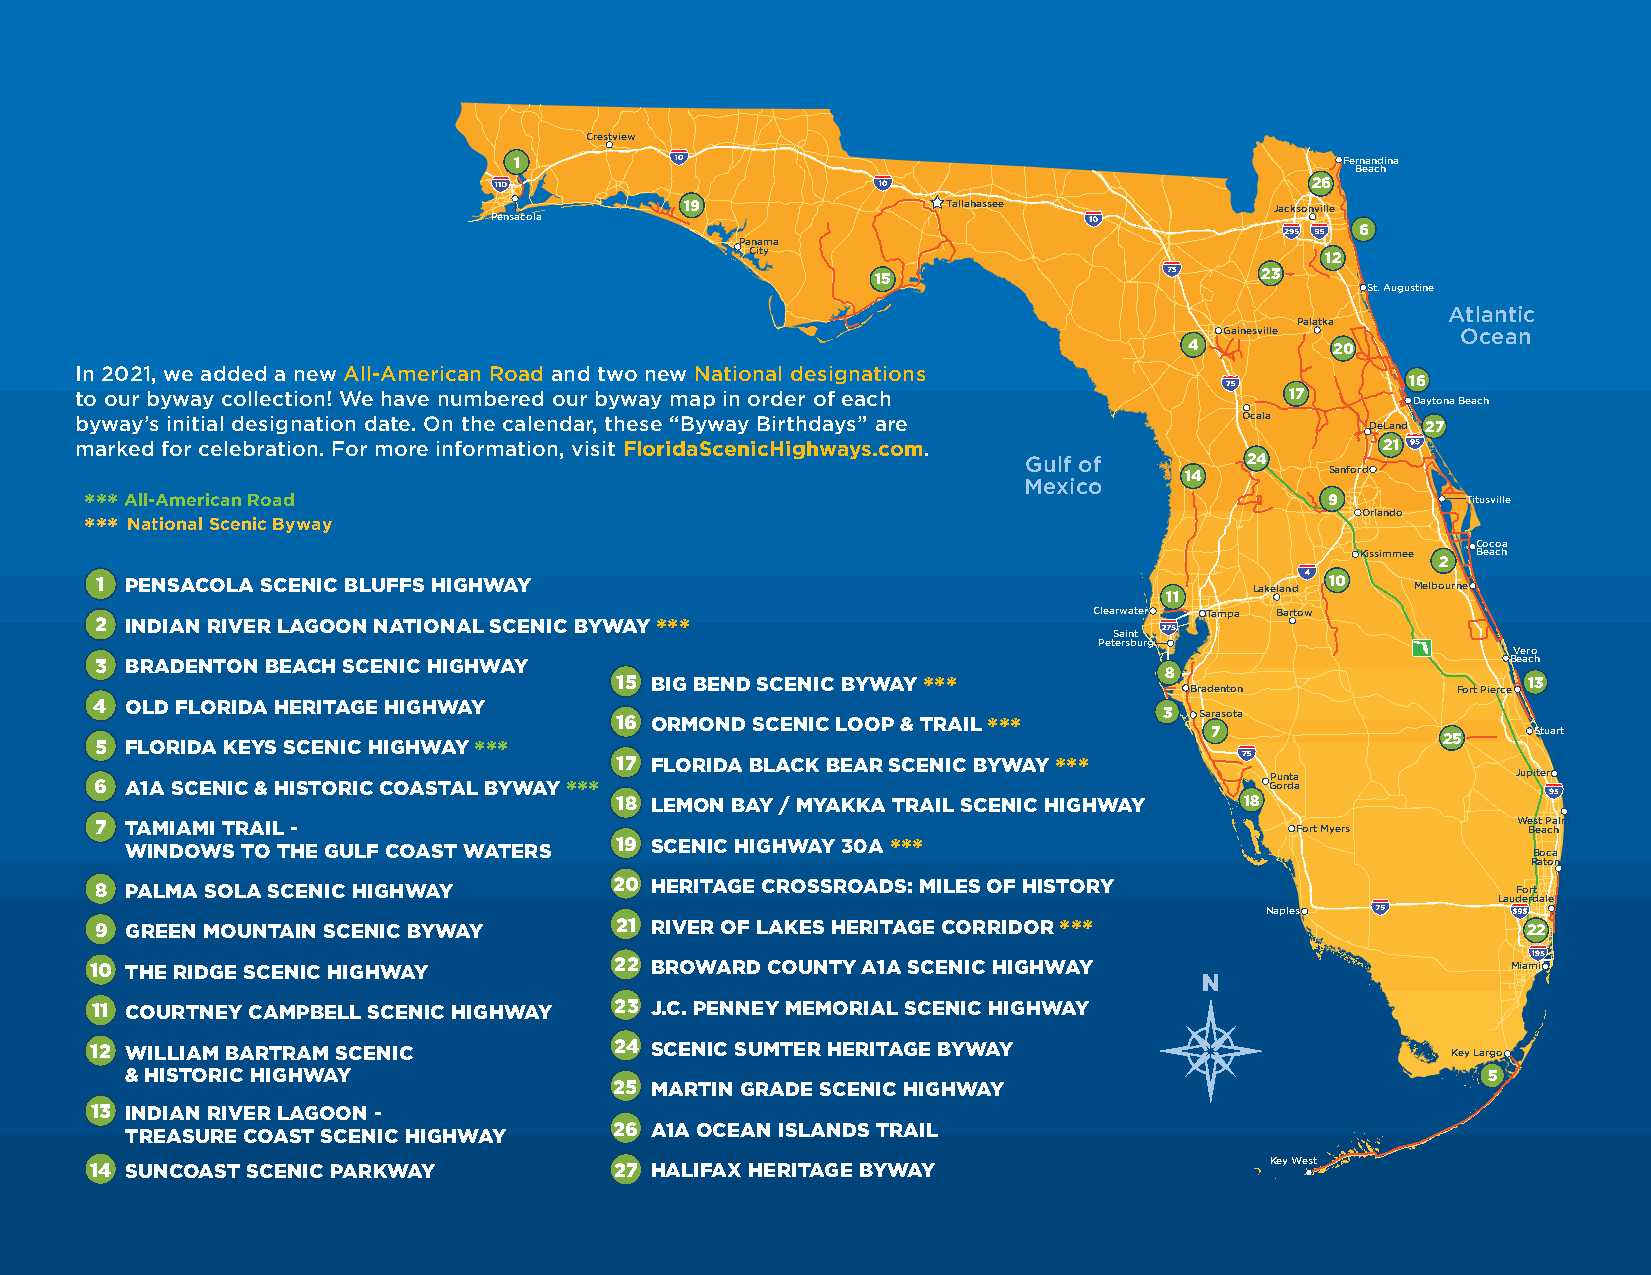
Crestview
 1                                                      Fernandina
 Beach
 26
 19                Tallahassee          Jacksonville
 Pensacola
 6
 Panama
 City                                  12
 15                       23
 St. Augustine
 AAttllaannttiicc
 Palatka
 Gainesville     OOcceeaann
 4        20
 In 2021, we added a new All-American Road and two new National designations
 16
 to our byway collection! We have numbered our byway map in order of each        17       Daytona Beach
 byway’s initial designation date. On the calendar, these “Byway Birthdays” are Ocala  DeLand 27
 marked for celebration. For more information, visit FloridaScenicHighways.com.         21
 GGuullff ooff  24
 14        Sanford
 MMeexxiiccoo
 *** All-American Road                                                             9        Titusville
 Orlando
 *** National Scenic Byway
 Cocoa
 Kissimmee 2 Beach
 1 PENSACOLA SCENIC BLUFFS HIGHWAY                                            Lakeland 10 Melbourne
 11
 Clearwater Tampa Bartow
 2 INDIAN RIVER LAGOON NATIONAL SCENIC BYWAY ***
 Saint
 Petersburg
 Vero
 3 BRADENTON BEACH SCENIC HIGHWAY                                                              Beach
 8
 15 BIG BEND SCENIC BYWAY ***                                13
 Bradenton        Fort Pierce
 4 OLD FLORIDA HERITAGE HIGHWAY
 3 Sarasota
 16 ORMOND SCENIC LOOP & TRAIL ***
 7              25    Stuart
 5 FLORIDA KEYS SCENIC HIGHWAY ***
 17 FLORIDA BLACK BEAR SCENIC BYWAY ***
 Punta           Jupiter
 6 A1A SCENIC & HISTORIC COASTAL BYWAY ***                                     Gorda
 18 LEMON BAY / MYAKKA TRAIL SCENIC HIGHWAY 18
 7 TAMIAMI TRAIL -                                                               Fort Myers    We Bs et a P ca hlm
 WINDOWS TO THE GULF COAST WATERS 19 SCENIC HIGHWAY 30A ***                                   Boca
 Raton
 8 PALMA SOLA SCENIC HIGHWAY        20 HERITAGE CROSSROADS: MILES OF HISTORY                   Fort
 Lauderdale
 Naples
 9 GREEN MOUNTAIN SCENIC BYWAY      21 RIVER OF LAKES HERITAGE CORRIDOR ***                     22
 10 THE RIDGE SCENIC HIGHWAY        22 BROWARD COUNTY A1A SCENIC HIGHWAY                       Miami
 NNNNN
 11 COURTNEY CAMPBELL SCENIC HIGHWAY 23 J.C. PENNEY MEMORIAL SCENIC HIGHWAY
 12 WILLIAM BARTRAM SCENIC          24 SCENIC SUMTER HERITAGE BYWAY                        Key Largo
 & HISTORIC HIGHWAY                                                                        5
 25 MARTIN GRADE SCENIC HIGHWAY
 13 INDIAN RIVER LAGOON -
 TREASURE COAST SCENIC HIGHWAY    26 A1A OCEAN ISLANDS TRAIL
 Key West
 14 SUNCOAST SCENIC PARKWAY         27 HALIFAX HERITAGE BYWAY